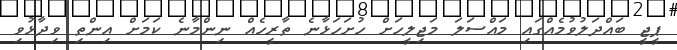
ޕީޖީ ބައްދަލުވުމެއްގައި މައްސަލަ މަޖިލީހަށް ހުށަހަޅާނެ ތާރީހެއް ނިންމާނެ ކަަމަށް އިންތި ވިދާޅުވި